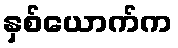
နှစ်ယောက်က